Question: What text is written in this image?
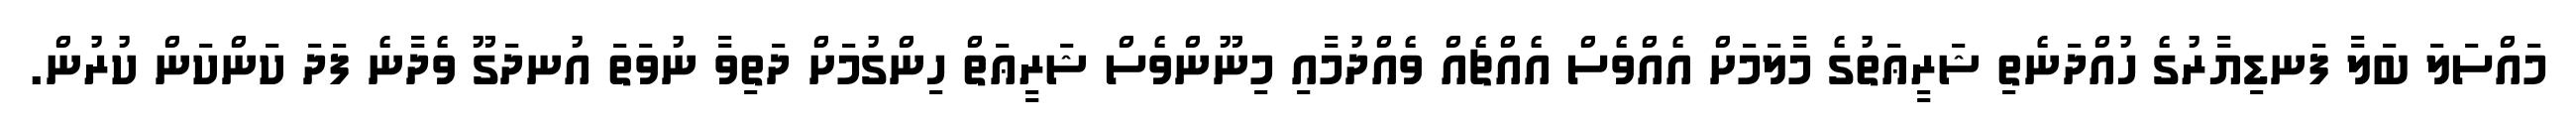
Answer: މައްސަލަ ބަލާ ފަނޑިޔާރުގެ ހުއްދަނެތި ޝަރީޢަތުގެ މާލަމަށް އެއްވެސް އެއްޗެއް ވެއްދުމާއި މިނޫންވެސް ޝަރީޢަތް ހިންގުމަށް ދަތިވާ ނުވަތަ އުނދަގޫ ވެދާނެ ފަދަ ކަންކަން ކުރުން.